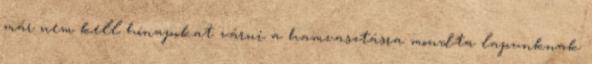
már nem kell hónapokat várni a hamvasztásra mondta lapunknak